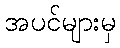
အပင်များမှ